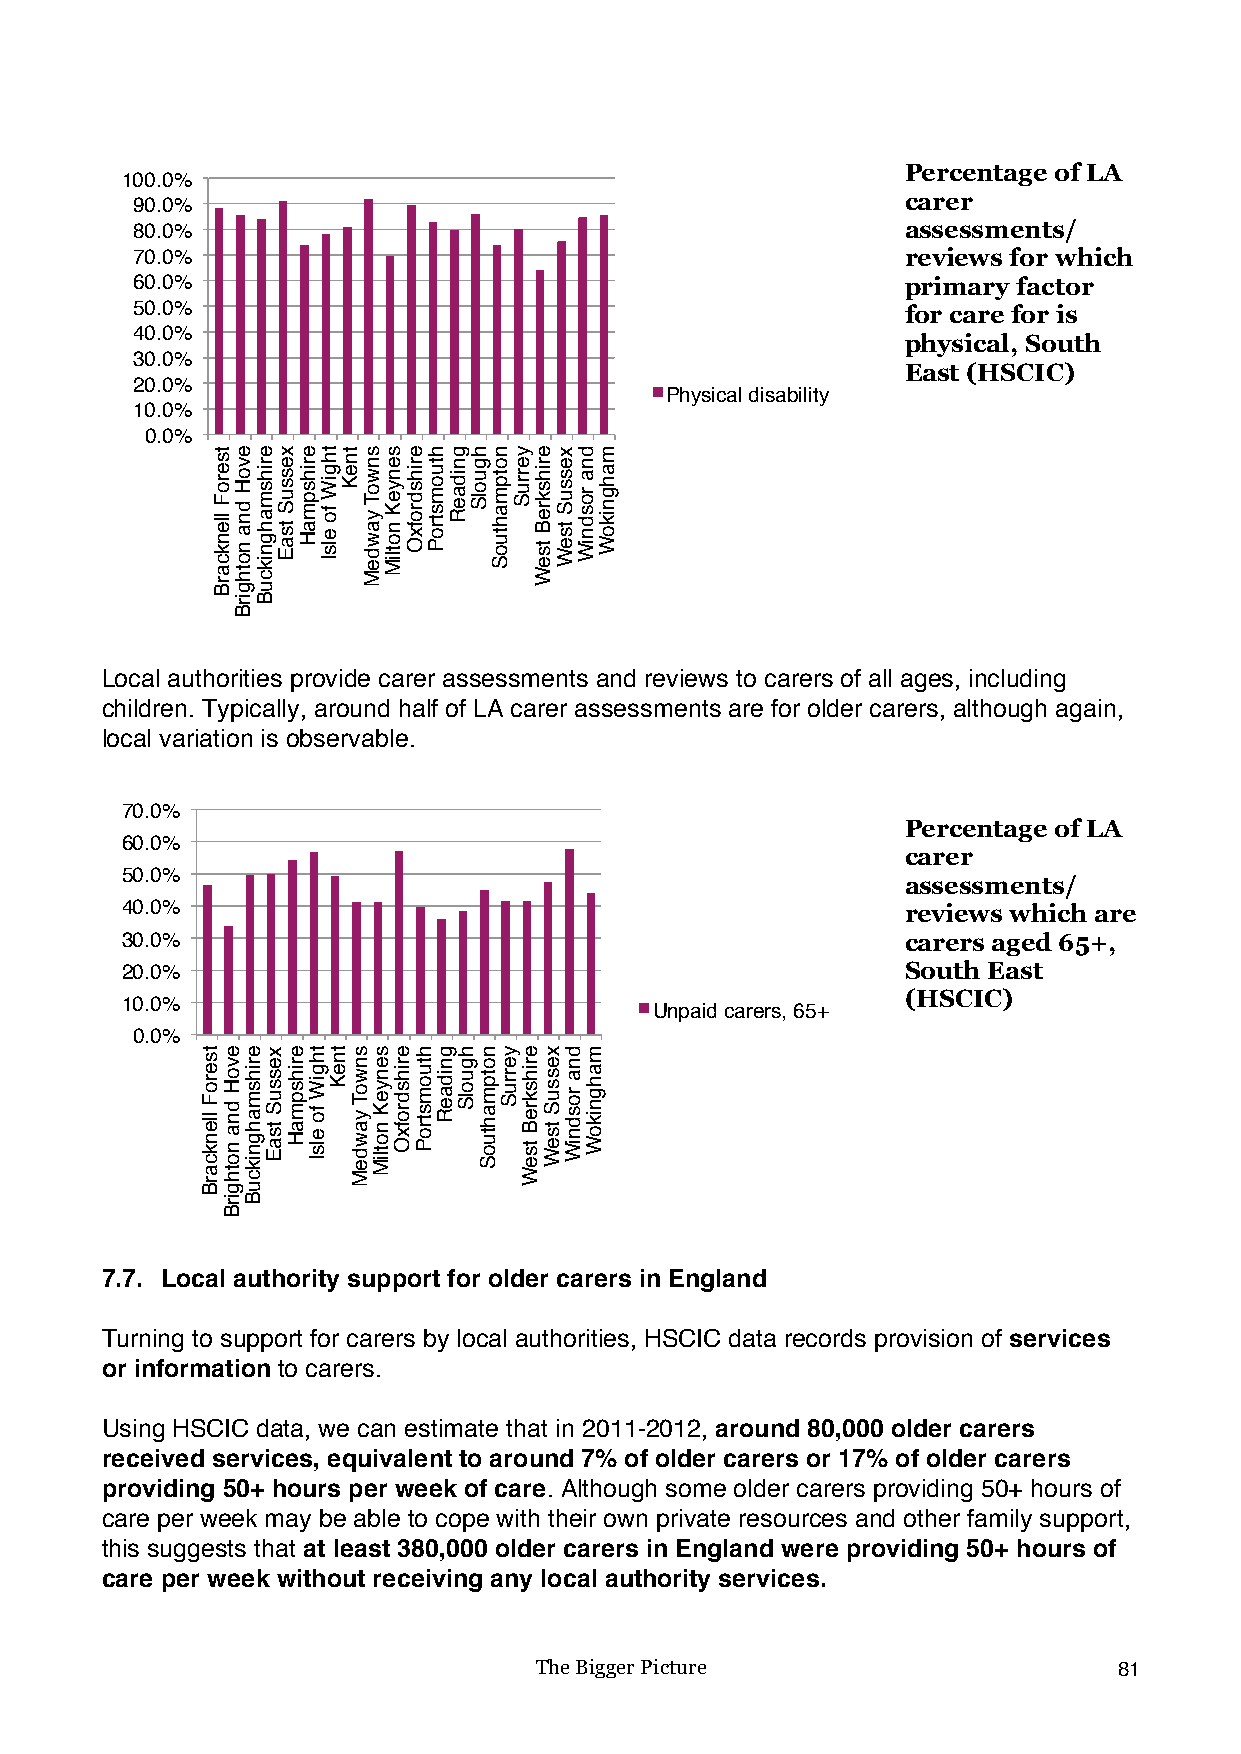
Percentage of LA
 100.0%
 90.0%                                              carer
 80.0%                                              assessments/
 70.0%                                              reviews for which
 60.0%                                              primary factor
 50.0%                                              for care for is
 40.0%
 physical, South
 30.0%
 East (HSCIC)
 20.0%
 Physical disability
 10.0%
 0.0%
 !
 Local authorities provide carer assessments and reviews to carers of all ages, including
 children. Typically, around half of LA carer assessments are for older carers, although again,
 local variation is observable.
 70.0%
 Percentage of LA
 60.0%
 carer
 50.0%
 assessments/
 40.0%                                               reviews which are
 30.0%                                               carers aged 65+,
 20.0%                                               South East
 (HSCIC)
 10.0%
 Unpaid carers, 65+
 0.0%
 !
 7.7. Local authority support for older carers in England
 Turning to support for carers by local authorities, HSCIC data records provision of services
 or information to carers.
 Using HSCIC data, we can estimate that in 2011-2012, around 80,000 older carers
 received services, equivalent to around 7% of older carers or 17% of older carers
 providing 50+ hours per week of care. Although some older carers providing 50+ hours of
 care per week may be able to cope with their own private resources and other family support,
 this suggests that at least 380,000 older carers in England were providing 50+ hours of
 care per week without receiving any local authority services.
 The Bigger Picture                     81
 tseroF
 llenkcarB
 tseroF
 llenkcarB
 evoH
 dna
 nothgirB
 evoH
 dna
 nothgirB
 erihsmahgnikcuB
 erihsmahgnikcuB
 xessuS
 tsaE
 xessuS
 tsaE
 erihspmaH
 erihspmaH
 thgiW
 fo
 elsI
 thgiW
 fo
 elsI
 tneK
 tneK
 snwoT
 yawdeM
 snwoT
 yawdeM
 senyeK
 notliM
 senyeK
 notliM
 erihsdrofxO
 erihsdrofxO
 htuomstroP
 htuomstroP
 gnidaeR
 gnidaeR
 hguolS
 hguolS
 notpmahtuoS
 notpmahtuoS
 yerruS
 yerruS
 erihskreB
 tseW
 erihskreB
 tseW
 xessuS
 tseW
 xessuS
 tseW
 dna
 rosdniW
 dna
 rosdniW
 mahgnikoW
 mahgnikoW